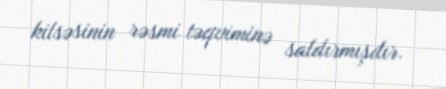
kilsəsinin rəsmi təqviminə saldırmışdır.